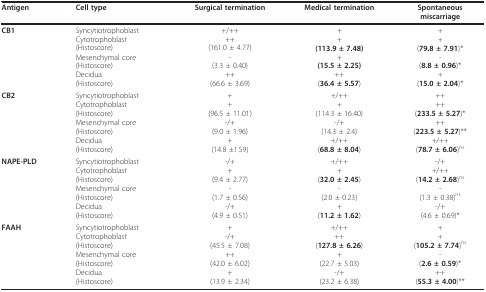
<table><thead><tr><td><b>Antigen</b></td><td><b>Cell type</b></td><td><b>Surgical termination</b></td><td><b>Medical termination</b></td><td><b>Spontaneousmiscarriage</b></td></tr></thead><tbody><tr><td><b>CB1</b></td><td>SyncytiotrophoblastCytotrophoblast(Histoscore)Mesenchymal core(Histoscore)Decidua(Histoscore)</td><td>+/++++(161.0 ± 4.77)-(3.3 ± 0.40)++(66.6 ± 3.69)</td><td>++<b>(113.9 ± 7.48)</b>+<b>(15.5 ± 2.25)</b>++(<b>36.4 ± 5.57</b>)</td><td>++(<b>79.8 ± 7.91</b>)*-(<b>8.8 ± 0.96</b>)*+(<b>15.0 ± 2.04</b>)*</td></tr><tr><td><b>CB2</b></td><td>SyncytiotrophoblastCytotrophoblast(Histoscore)Mesenchymal core(Histoscore)Decidua(Histoscore)</td><td>++(96.5 ± 11.01)-/+(9.0 ± 1.96)+(14.8 ±1.59)</td><td>+/+++(114.3 ± 16.40)-/+(14.3 ± 2.4)+/++(<b>68.8 ± 8.04</b>)</td><td>++++(<b>233.5 ± 5.27</b>)*++(<b>223.5 ± 5.27</b>)**+/++(<b>78.7 ± 6.06</b>)<sup>ns</sup></td></tr><tr><td><b>NAPE-PLD</b></td><td>SyncytiotrophoblastCytotrophoblast(Histoscore)Mesenchymal core(Histoscore)Decidua(Histoscore)</td><td>-/++(9.4 ± 2.77)-(1.7 ± 0.56)-/+(4.9 ± 0.51)</td><td>+/+++(<b>32.0 ± 2.45</b>)-(2.0 ± 0.23)+(<b>11.2 ± 1.62</b>)</td><td>-/++/++(<b>14.2 ± 2.68</b>)<sup>ns</sup>-(1.3 ± 0.38)<sup>ns</sup>-/+(4.6 ± 0.69)*</td></tr><tr><td><b>FAAH</b></td><td>SyncytiotrophoblastCytotrophoblast(Histoscore)Mesenchymal core(Histoscore)Decidua(Histoscore)</td><td>+-/+(45.5 ± 7.08)++(42.0 ± 6.02)+(13.9 ± 2.34)</td><td>+/++++(<b>127.8 ± 6.26</b>)+(22.7 ± 5.03)-/+(23.2 ± 6.38)</td><td>++(<b>105.2 ± 7.74</b>)<sup>ns</sup>-(<b>2.6 ± 0.59</b>)*++(<b>55.3 ± 4.00</b>)**</td></tr></tbody></table>